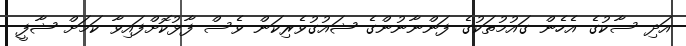
އަދި ސާކުގެ އެހެން ގައުމުތަކުގެ ފަންނާނުންގެ ޝައުގުވެރިކަން ވެސް ފާޅުކޮށްފައިވާ ކަމަށް ޝާފީ